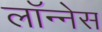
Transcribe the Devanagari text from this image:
लॉन्नेस